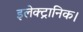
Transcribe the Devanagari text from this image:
इलेक्ट्रानिक।